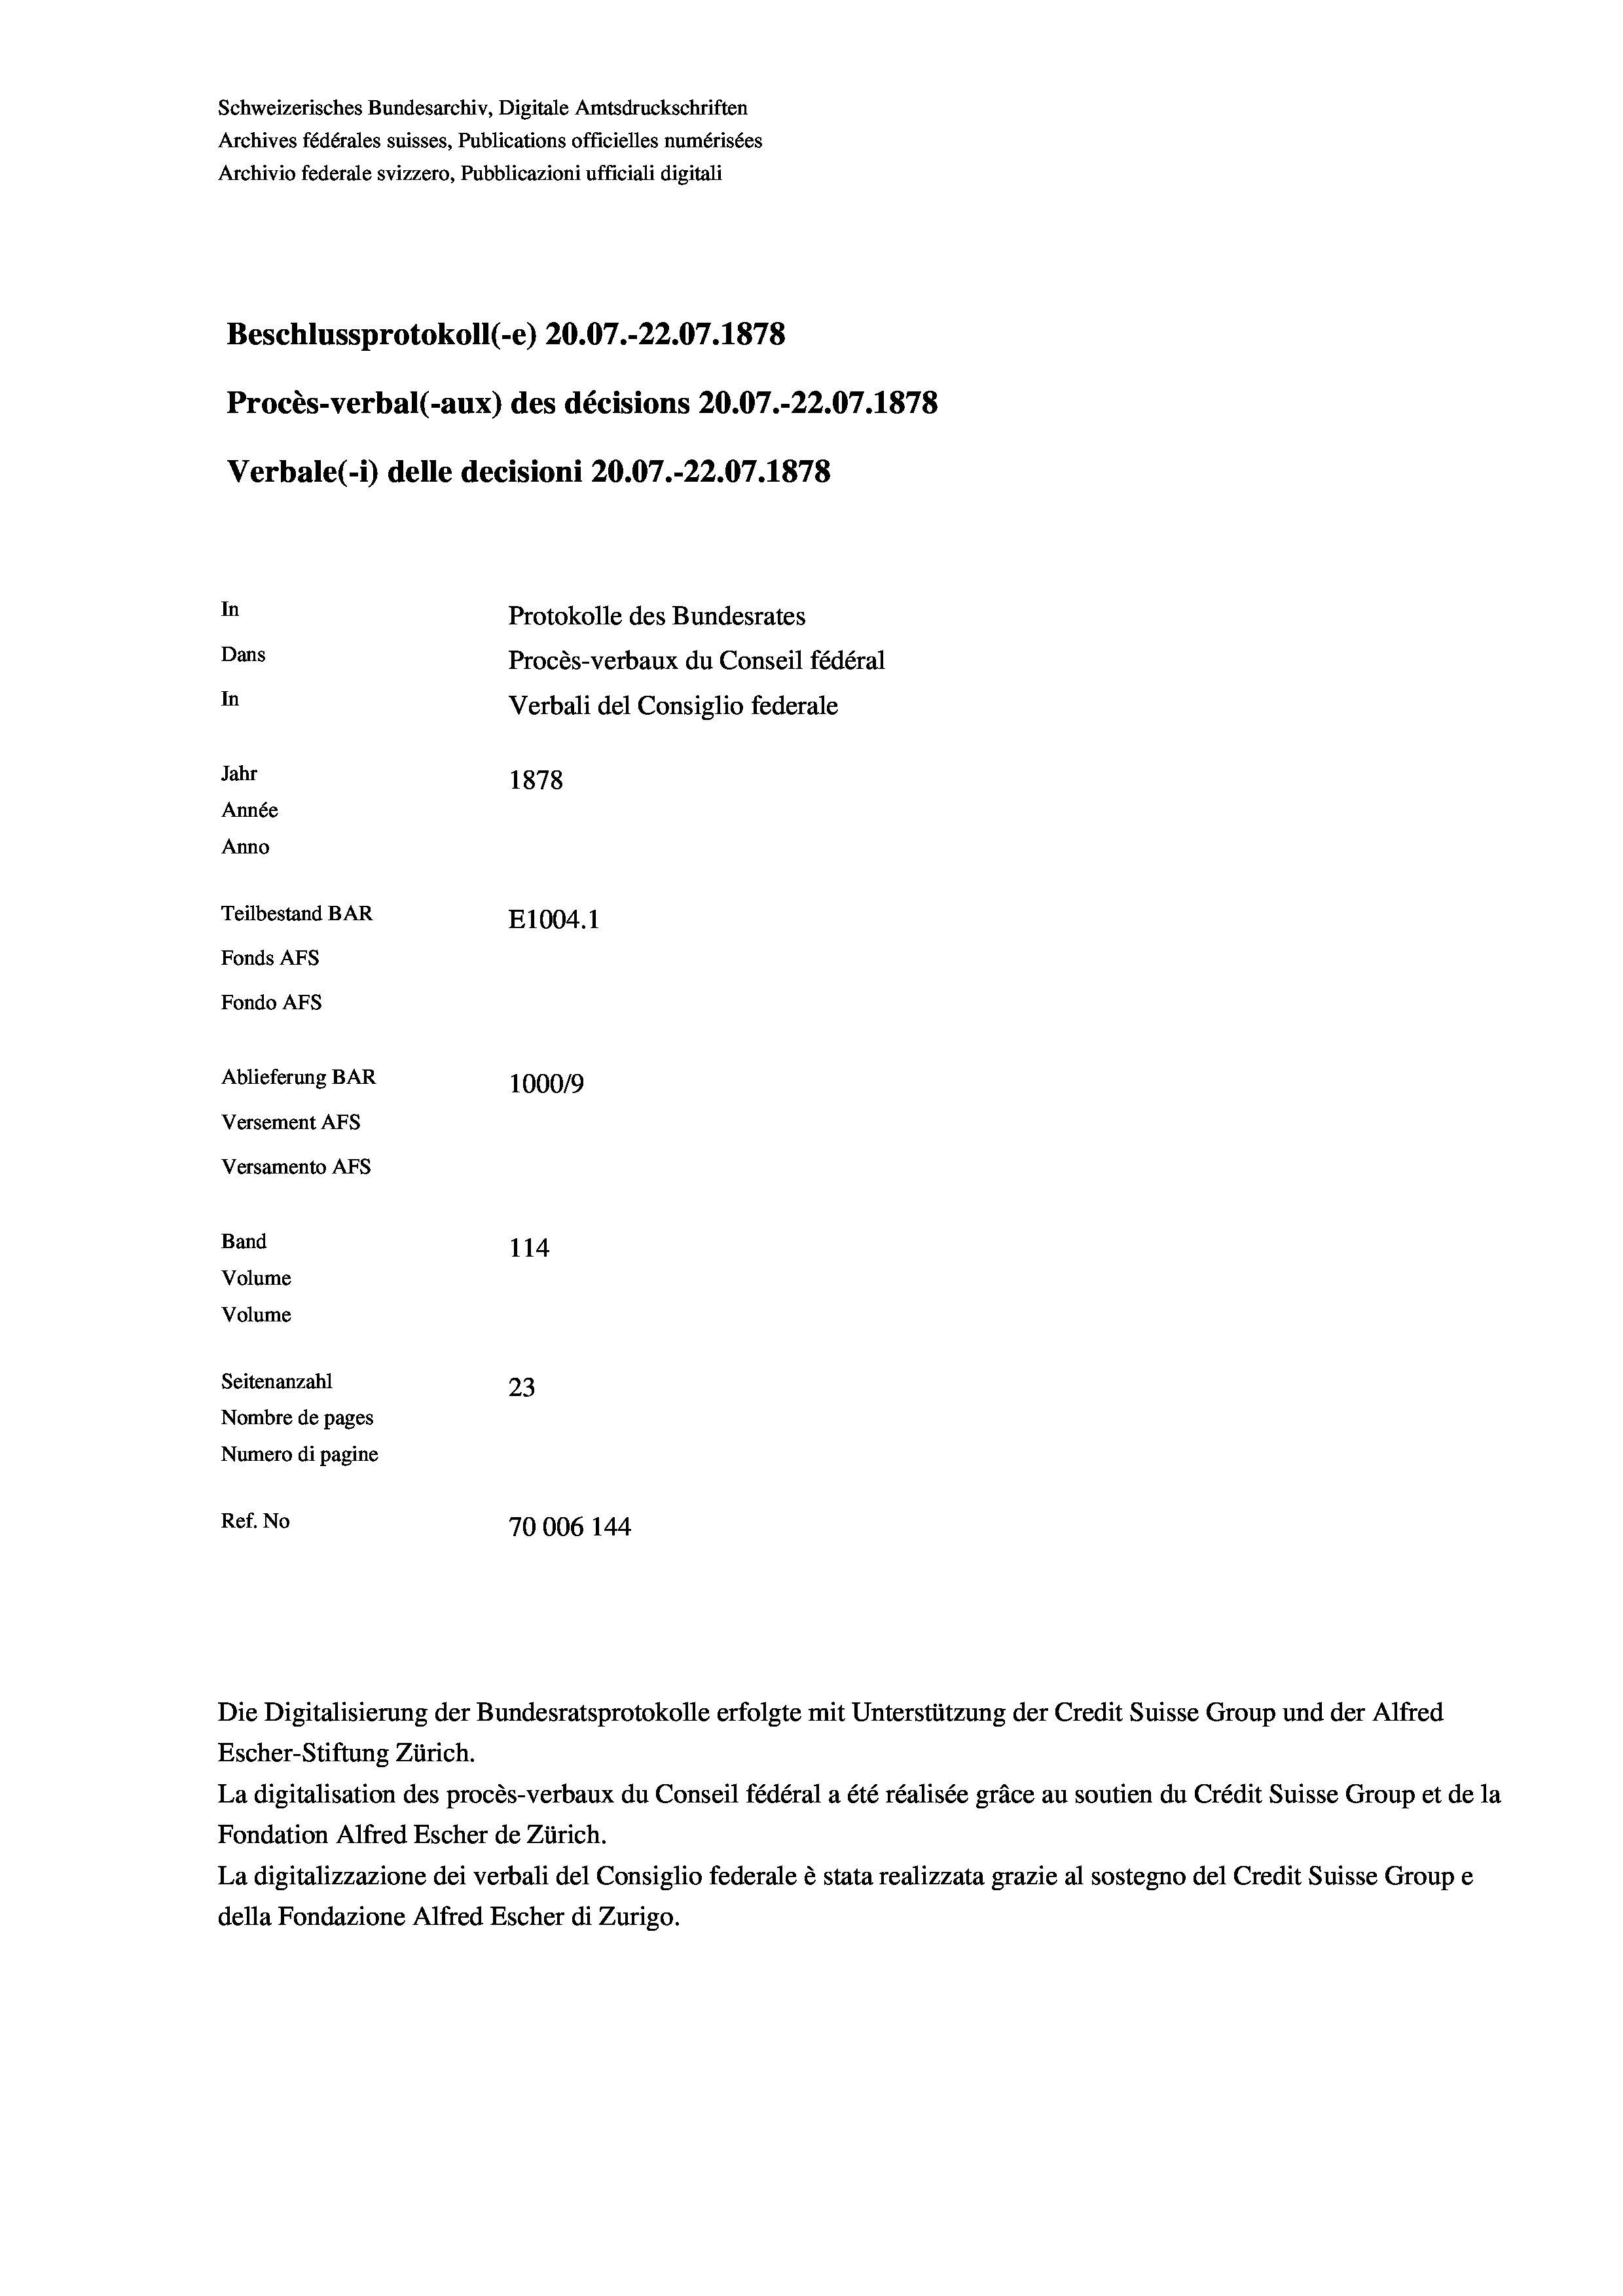
Schweizerisches Bundesarchiv, Digitale Amtsdruckschriften
Archives fédérales suisses, Publications officielles numérisées
Archivio federale svizzero, Pubblicazioni ufficiali digitali
Beschlussprotokoll (-e) 20.07.-22.07. 1878
Procès-verbal (-aux) des décisions 20.07.-22.07. 1878
Verbale (- 1) delle decisioni 20.07.-22.07. 1878
In
Protokolle des Bundesrates
Dans
Procès-verbaux du Conseil fédéral
In
Verbali del Consiglio federale
Jahr
1878
Année
Anno
Teilbestand BAR
E1004. 1
Fonds AFs
Fondo Afs
Ablieferung BAR
100019
Versement AFs
Versamento AFs
Band
114
Volume
Volume

Seitenanzahl
23
Nombre de pages
Numero di pagine
Ref. No
70006 144

Die Digitalisierung der Bundesratsprotokolle erfolgte mit Unterstützung der Credit Suisse Group und der Alfred

Escher-Stiftung Zürich.
La digitalisation des procès-verbaux du Conseil fédéral a été réalisée gräce au soutien du Crédit Suisse Group et de la
Fondation Alfred Escher de Zürich.
La digitalizzazione dei verbali del Consiglio federale è stata realizzata grazie al sostegno del Credit Suisse Groupe
della Fondazione Alfred Escher di Zurigo.